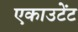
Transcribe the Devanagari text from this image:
एकाउटेंट